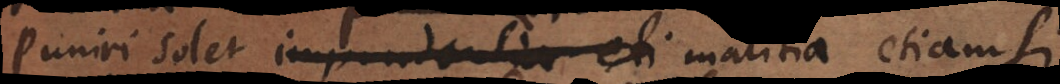
Puniri solet imprudentia eti malitia etiamsi